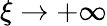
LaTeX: \xi\to+\infty